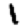
Digit: 1